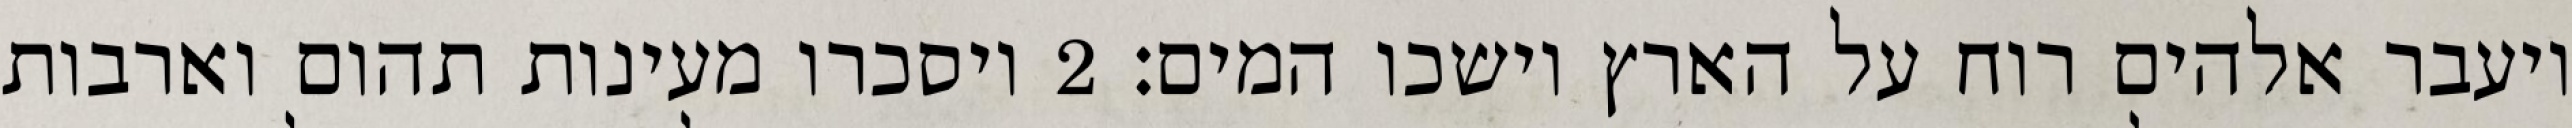
ויעבר אלהים רוח על הארץ וישכו המים׃ ‎2‏ ויסכרו מעינות תהום וארבות